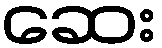
ဆေး